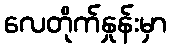
လေတိုက်နှုန်းမှာ